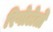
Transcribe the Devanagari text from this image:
रिगोलेतो